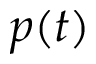
p ( t )